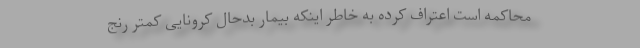
محاکمه است اعتراف کرده به خاطر اینکه بیمار بدحال کرونایی کمتر رنج